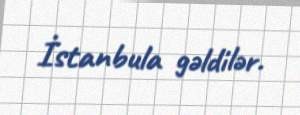
İstanbula gəldilər.